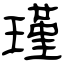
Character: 瑾